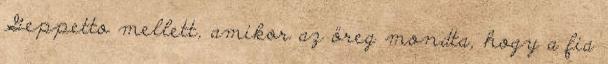
Geppetto mellett, amikor az öreg mondta, hogy a fia